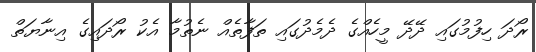
ރޯދަ ހިފުމުގައި ދޭދޭ މީހެއްގެ ދެމެދުގައި ތަފާތެއް ނެތުމާ އެކު ރޯދައިގެ އިނާޔަތްް